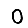
Digit: 0